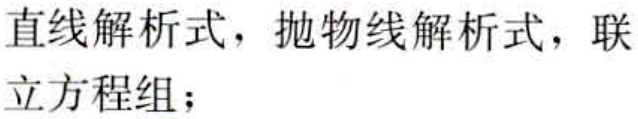
直线解析式，抛物线解析式，联立方程组；